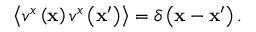
\left\langle v ^ { x } \left( \mathbf { x } \right) v ^ { x } \left( \mathbf { x } ^ { \prime } \right) \right\rangle = \delta \left( \mathbf { x } - \mathbf { x } ^ { \prime } \right) .